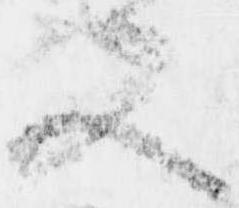
又